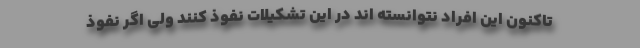
تاکنون این افراد نتوانسته اند در این تشکیلات نفوذ کنند ولی اگر نفوذ